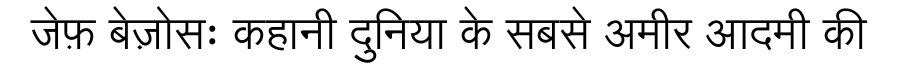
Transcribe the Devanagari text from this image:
जेफ़ बेज़ोसः कहानी दुनिया के सबसे अमीर आदमी की